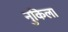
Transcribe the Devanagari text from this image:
नुकिला